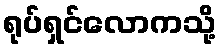
ရုပ်ရှင်လောကသို့